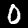
Label: 0